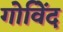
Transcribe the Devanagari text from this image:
गोविेंद